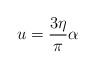
LaTeX: \begin{align*}u = \frac{3\eta}{\pi}\alpha \end{align*}